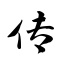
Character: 传